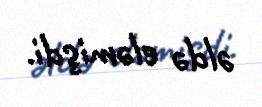
əldə eləmişdi.